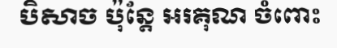
បិសាច ប៉ុន្តែ អរគុណ ចំពោះ